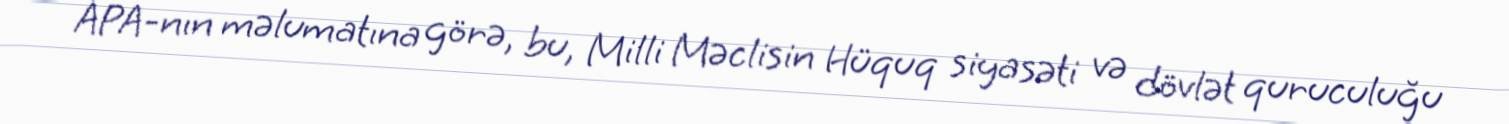
APA-nın məlumatına görə, bu, Milli Məclisin Hüquq siyasəti və dövlət quruculuğu